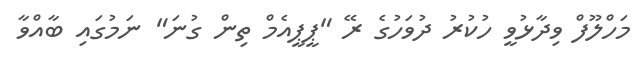
މަހްލޫފް ވިދާޅުވީ ހުކުރު ދުވަހުގެ ރޭ "ޕީޕީއެމް ތިން ގުނަ" ނަމުގައި ބާއްވާ